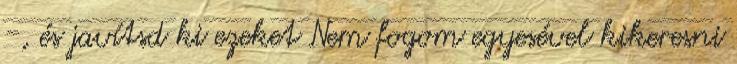
-, és javítsd ki ezeket Nem fogom egyesével kikeresni